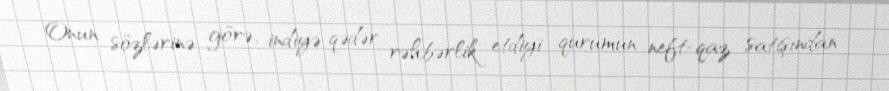
Onun sözlərinə görə, indiyə qədər rəhbərlik etdiyi qurumun neft-qaz satışından